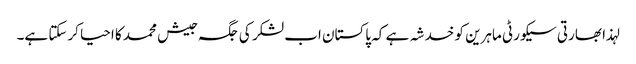
لہذا بھارتی سیکورٹی ماہرین کو خدشہ ہے کہ پاکستان اب لشکر کی جگہ جیش محمد کا احیا کرسکتا ہے۔